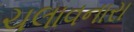
ચલાવનારા